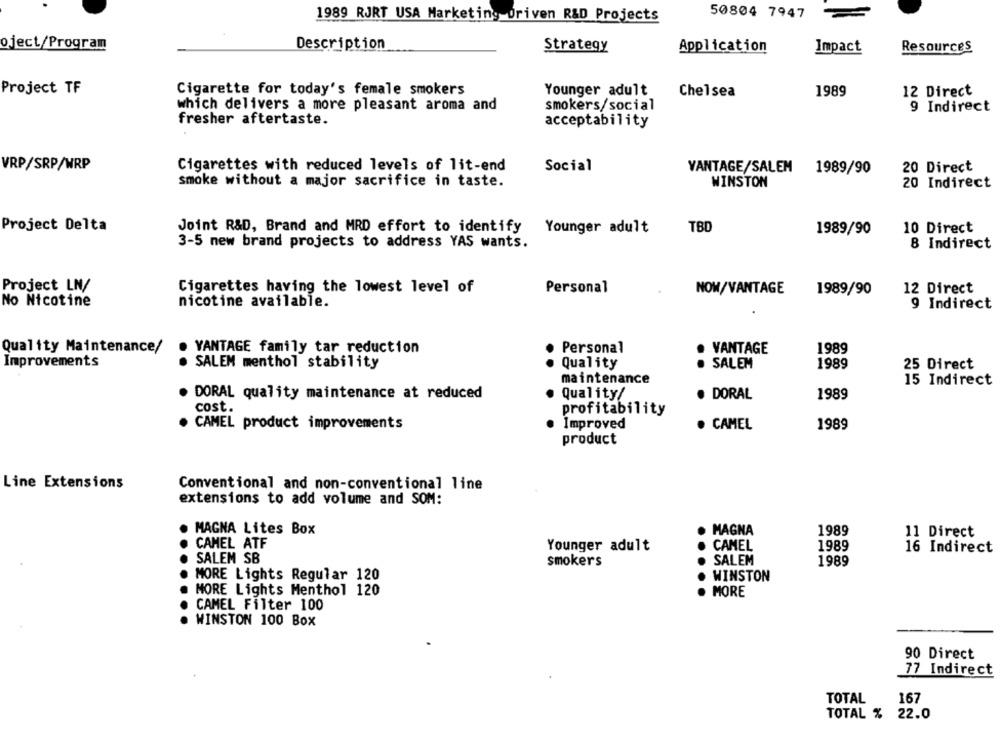
50804 7947
1989 RJRT USA Marketing Driven R&D Projects
oject/Program
Description
Strategy
Application
Impact
Resources
Project TF
Cigarette for today's female smokers
Younger adult
Chelsea
1989
12 Direct
which delivers a more pleasant aroma and
smokers/social
9 Indirect
fresher aftertaste.
acceptability
VRP/SRP/WRP
Cigarettes with reduced levels of lit-end
Social
VANTAGE/SALEM
1989/90
20 Direct
smoke without a major sacrifice in taste.
WINSTON
20 Indirect
Project Delta
Joint R&D, Brand and MRD effort to identify
Younger adult
TBD
1989/90
10 Direct
3-5 new brand projects to address YAS wants.
8 Indirect
Project LN/
Cigarettes having the lowest level of
Personal
NOW/VANTAGE
12 Direct
1989/90
No Nicotine
nicotine available.
9 Indirect
Personal
Quality Maintenance/
. VANTAGE family tar reduction
VANTAGE
1989
Improvements
. SALEM menthol stability
Quality
SALEM
1989
25 Direct
maintenance
15 Indirect
. DORAL quality maintenance at reduced
Quality/
· DORAL
1989
cost.
profitability
CAMEL product improvements
Improved
· CAMEL
1989
product
Line Extensions
Conventional and non-conventional line
extensions to add volume and SOM:
MAGNA Lites Box
MAGNA
1989
11 Direct
CAMEL ATF
Younger adult
CAMEL
1989
16 Indirect
SALEM SB
smokers
SALEM
1989
. MORE Lights Regular 120
WINSTON
. MORE Lights Menthol 120
MORE
CAMEL Filter 100
. WINSTON 100 Box
90 Direct
77 Indirect
TOTAL
167
TOTAL % 22.0